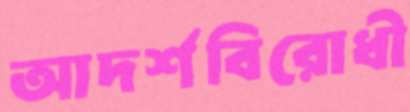
আদর্শবিরোধী